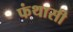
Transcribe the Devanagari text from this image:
फंथासी